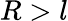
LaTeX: R>l